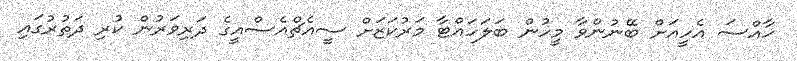
ޚާއްސަ އެހީއަށް ބޭނުންވާ މީހުން ބަލަހައްޓާ މަރުކަޒަށް ސީއެޗްއެސްއީގެ ދަރިވަރުން ކުރި ދަތުރުގައި